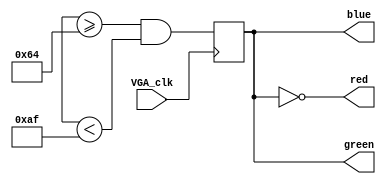
module drawingBorder(
	input VGA_clk,
	output wire red,
	output wire green,
	output wire blue
	//output 
    );
	 
	 
	reg border;
	
	always @(posedge VGA_clk)	// 
	begin
	//border <= (((xCount >= 0) && (xCount < 16) || (xCount >= 625) && (xCount < 671)) || ((yCount >= 0) && (yCount < 31) || (yCount >= 465) && (yCount < 496))); 
	border <= (xCount >= 100) && (xCount < 175);
	end
	
	assign red =  ~border;
	assign green = (border);
	assign blue =  border;
	
	
endmodule